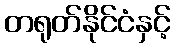
တရုတ်နိုင်ငံနှင့်